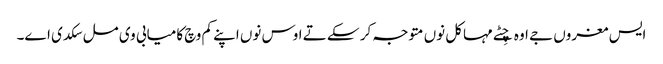
ایس مغروں جے اوہ چِٹے مہاکل نوں متوجہ کر سکے تے اوس نوں اپنے کم وچ کامیابی وی مل سکدی اے۔